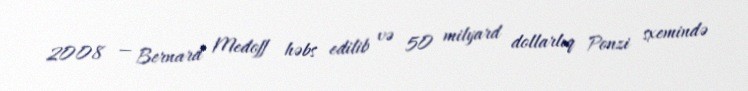
2008 — Bernard Medoff həbs edilib və 50 milyard dollarlıq Ponzi sxemində